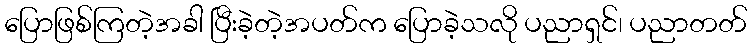
ပြောဖြစ်ကြတဲ့အခါ ပြီးခဲ့တဲ့အပတ်က ပြောခဲ့သလို ပညာရှင်၊ ပညာတတ်